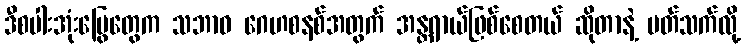
ဒီစပါးအုံးမြွေတွေက သဘာဝ ဂေဟစနစ်အတွက် အန္တရာယ်ဖြစ်စေတယ် ဆိုတာနဲ့ ပတ်သက်လို့